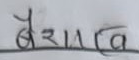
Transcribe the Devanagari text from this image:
वैशाख